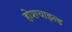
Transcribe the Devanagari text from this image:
होशचाइल्ड